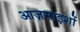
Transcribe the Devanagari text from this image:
आज़माइशों